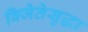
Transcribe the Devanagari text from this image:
विजेतेसुद्धा